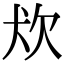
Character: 𤜹